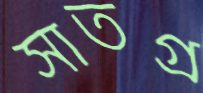
সাতগ্র